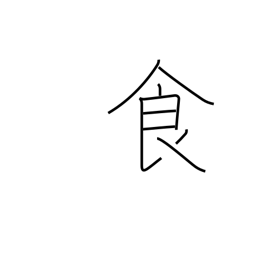
Meaning: food